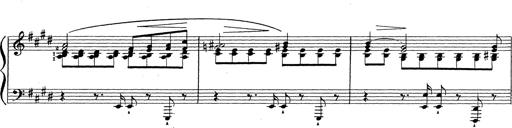
Title: Grosses Konzertsolo
Composer: Franz Liszt